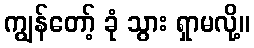
ကျွန်တော့် ခုံ သွား ရှာမလို့။